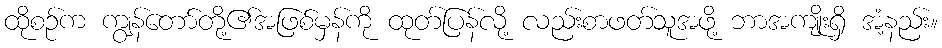
ထိုစဉ်က ကျွန်တော်တို့၏အဖြစ်မှန်ကို ထုတ်ပြန်လို့ လည်းစာဖတ်သူအဖို့ ဘာအကျိုးရှိ အံ့နည်း။